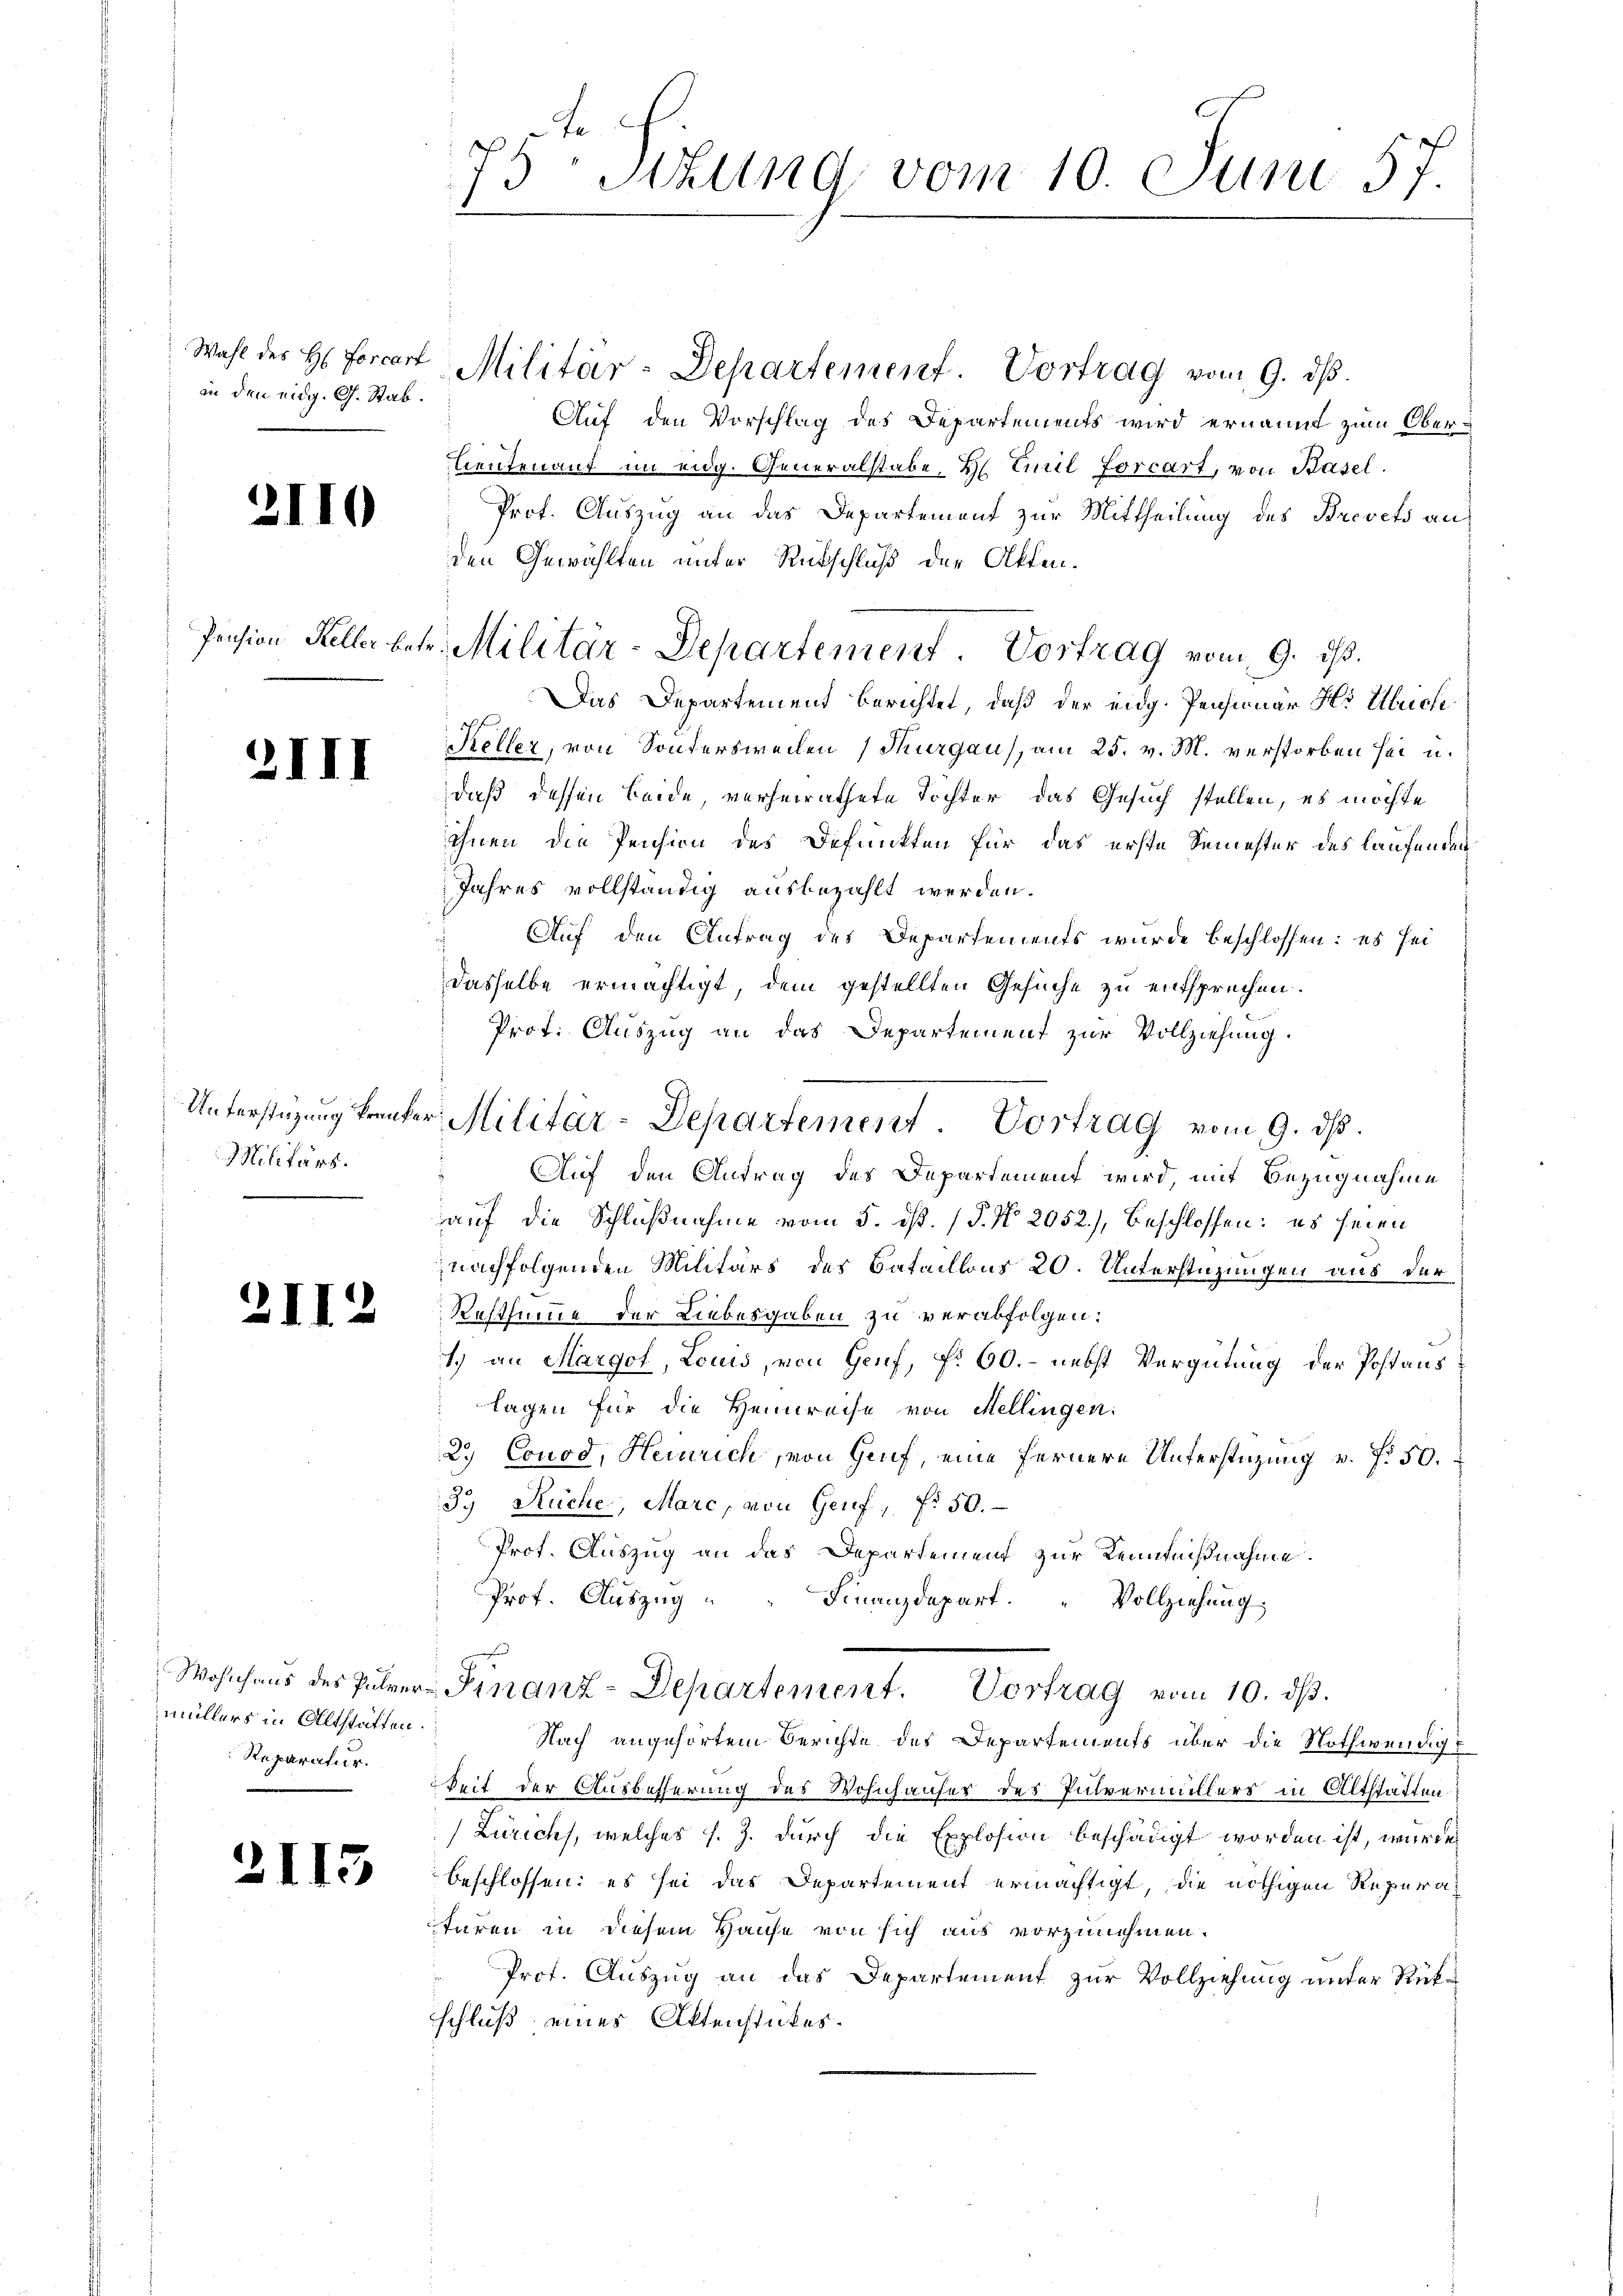
Wahl des H. Forcart
an den eidg. G. Stab.

)

.

2110

Pension Keller betr

2I

21)

Unterstüzung kranke
Militärs.
e

.

s

Wohnhaus des Pulvermüllers in Altstätten.
Reparatur.

2113

75 Sttung vom 10. Juni 57.

Militär-Departement Vortrag vom 9. ds.
Auf den Vorschlag des Departements wird ernannt zum Ober¬
Lieutenant im eidg. Generalstabe, H. Emil forcart, von Basel.
Prot. Auszug an das Departement zur Mittheilung des Brevets an
den Gewählten unter Rückschluß der Akten.
Militär-Departement. Vortrag vom 9. ds.
Das Departement berichtet, daß der eidg. Pensionär H. Ulrich
Keller, von Sontersweilen (Thurgau, am 25. v. M. verstorben sei u.
daß dessen beide verheirathete Tochter das Gesuch stellen, es möchte
ihnen die Pension des Befunkten für das erste Semester des laufenden
Jahres vollständig ausbezahlt werden.
Auf den Antrag des Departements wurde beschlossen: es sei
dasselbe ermächtigt, dem gestellten Gesuche zu entsprechen.
Prof. Auszug an das Departement zur Vollziehung.
d
Auf den Antrag des Departement wird, mit Bezugnahme
auf die Schlußnahme vom 5. ds. (T. No. 2052.), beschlossen: es seien
nachfolgenden Militärs des Bataillons 20. Unterstüzungen uns der
Rosthume der Liebesgaben zu verabfolgen.
1.) an Margof, Locus, von Genf, f. 60. - nebst Vergütung der Postaus
lagen für die Heimreise von Mellingen:
2.) Conod, Heinrich, von Genf, eine fernere Unterstüzung u. f. 50.
39 Ruche, Marc, von Genf, f. 50.
Prof. Auszug an das Departement zur Kenntnißnahme.
Prof. Auszug
Finanzdepart. Vollziehung,
Finanz-Departement. Vortrag vom 10. ds.
Nach angehörtem Berichte des Departements über die Nothwendigt
keit der Ausbesserung des Wohnhäuser des Pulvermüllers in Altstatten
(Zürich, welches s. Z. durch die Explosion beschädigt worden ist, wurde
beschlossen; es sei das Departement ermächtigt, die nöthigen Reperaturen in diesem Hause von sich aus vorzunehmen.
Prof. Auszug an das Departement zur Vollziehung unter Rükschluß eines Aktenstückes.

v. Militär-Departement. Vortrag vom 9. dβ.